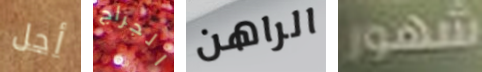
أجل الجراج الراهن شهور